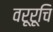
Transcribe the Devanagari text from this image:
वरूरूचि